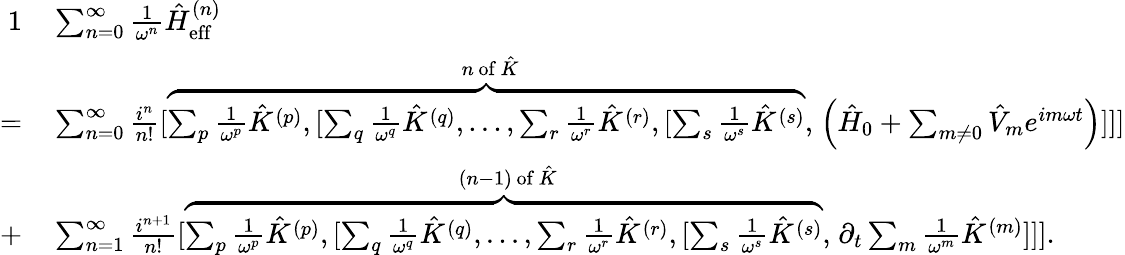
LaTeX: \begin{array}{rl}{{1}}&{{}\sum_{n=0}^{\infty}\frac{1}{\omega^{n}}\hat{H}_{\mathrm{eff}}^{(n)}}\\ {=}&{{}\sum_{n=0}^{\infty}\frac{i^{n}}{n!}[\stackrel{n\, \mathrm{of}\, \hat{K}}{\overbrace{\sum_{p}\frac{1}{\omega^{p}}\hat{K}^{(p)},[\sum_{q}\frac{1}{\omega^{q}}\hat{K}^{(q)},...,\sum_{r}\frac{1}{\omega^{r}}\hat{K}^{(r)},[\sum_{s}\frac{1}{\omega^{s}}\hat{K}^{(s)}},}\left(\hat{H}_{0}+\sum_{m\neq 0}\hat{V}_{m}e^{im\omega t}\right)]]]}\\ {+}&{{}\sum_{n=1}^{\infty}\frac{i^{n+1}}{n!}[\stackrel{(n-1)\, \mathrm{of}\, \hat{K}}{\overbrace{\sum_{p}\frac{1}{\omega^{p}}\hat{K}^{(p)},[\sum_{q}\frac{1}{\omega^{q}}\hat{K}^{(q)},...,\sum_{r}\frac{1}{\omega^{r}}\hat{K}^{(r)},[\sum_{s}\frac{1}{\omega^{s}}\hat{K}^{(s)}},}\partial_{t}\sum_{m}\frac{1}{\omega^{m}}\hat{K}^{(m)}]]].}\end{array}